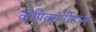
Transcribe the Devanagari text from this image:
कॅप्रिकॉर्नीमध्ये